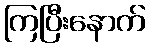
ကြပြီးနောက်